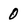
Character: 0